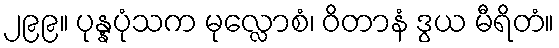
၂၉၉။ ပုန္နပုံသက မုလ္လောစံ၊ ဝိတာနံ ဒွယ မီရိတံ။